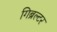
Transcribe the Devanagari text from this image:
गिब्रल्टर